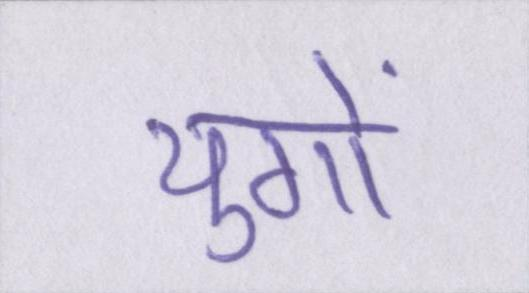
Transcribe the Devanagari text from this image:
युगों